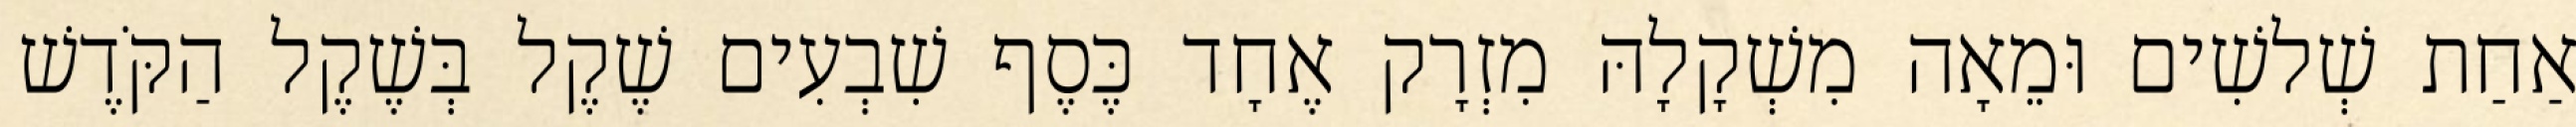
אַחַת שְׁלשִׁים וּמֵאָה מִשְׁקָלָהּ מִזְרָק אֶחָד כֶּסֶף שִׁבְעִים שֶׁקֶל בְּשֶׁקֶל הַקֹּדֶשׁ